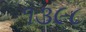
૧૩૯૮